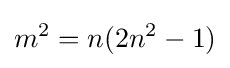
m^{2}=n(2n^{2}-1)